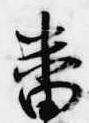
番